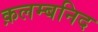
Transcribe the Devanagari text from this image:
क़लम्बनिद